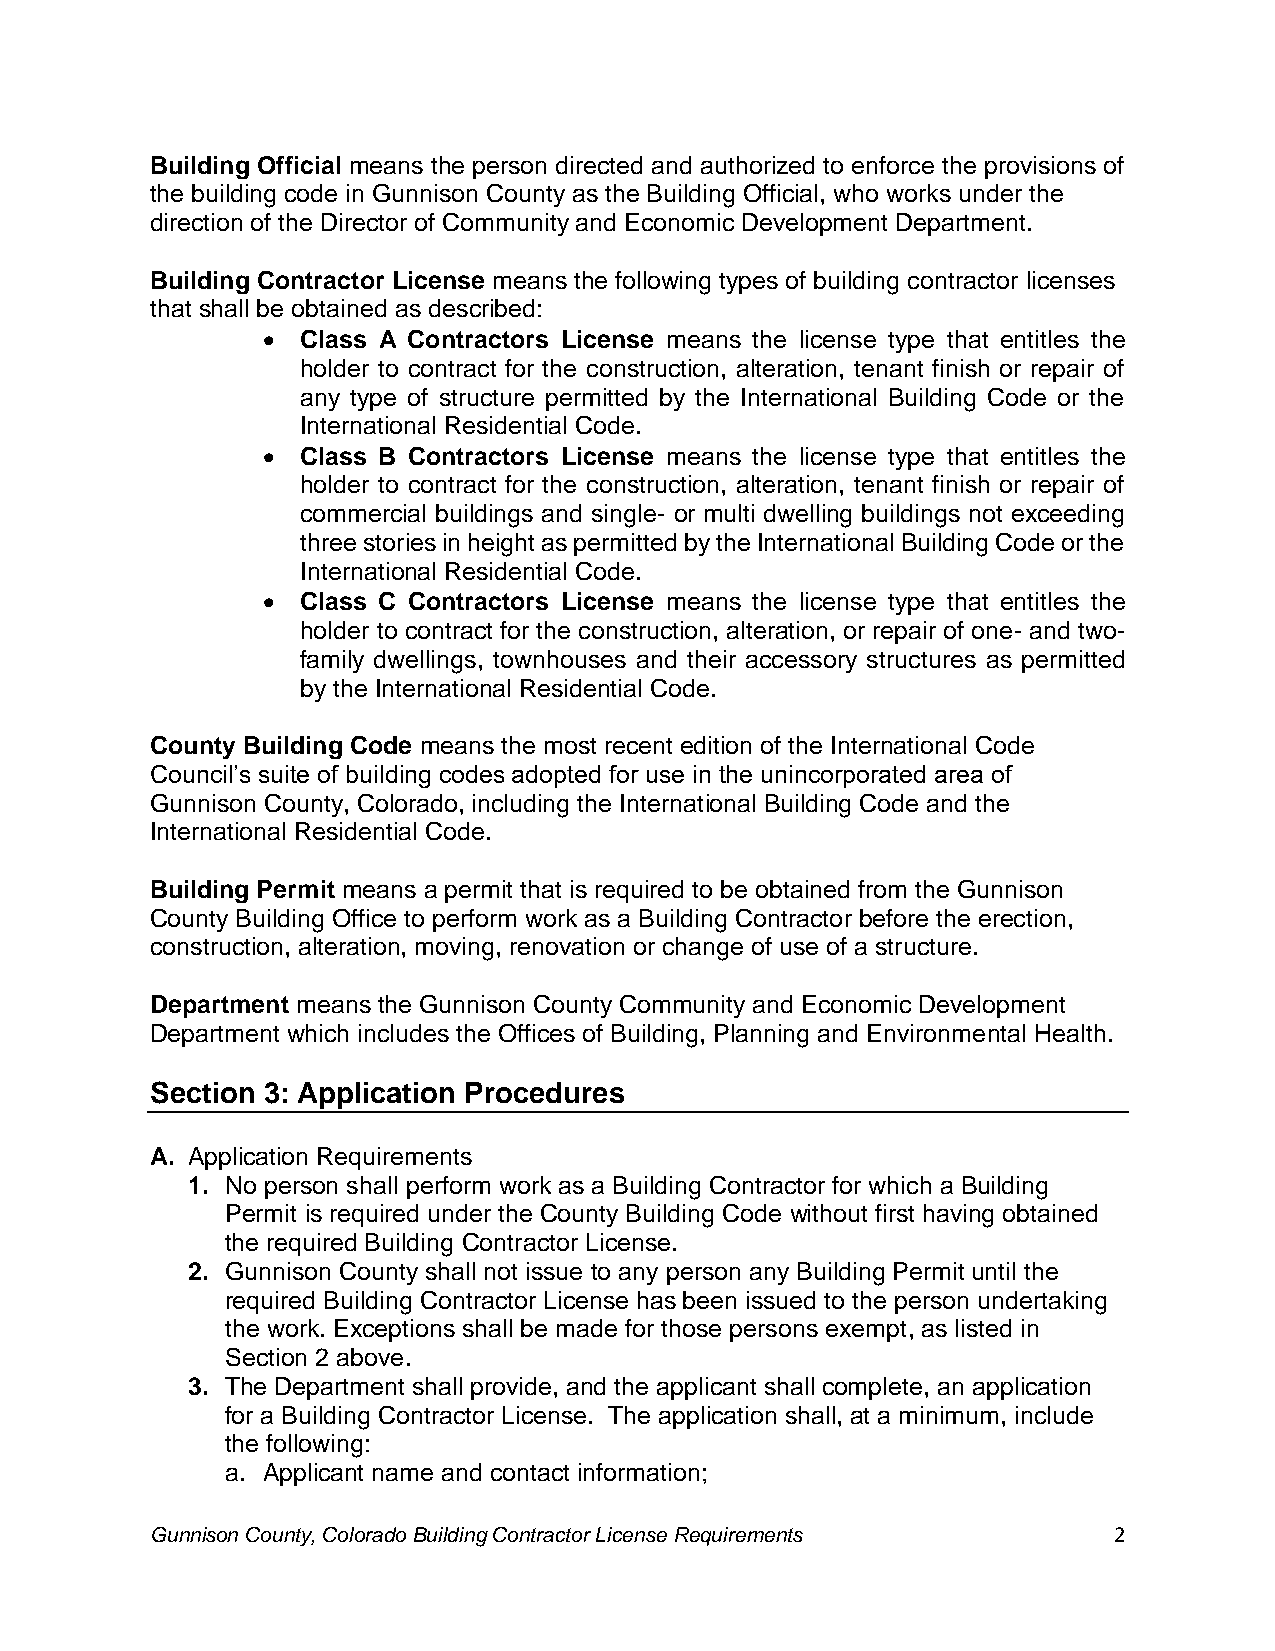
Building Official means the person directed and authorized to enforce the provisions of
 the building code in Gunnison County as the Building Official, who works under the
 direction of the Director of Community and Economic Development Department.
 Building Contractor License means the following types of building contractor licenses
 that shall be obtained as described:
 •  Class A Contractors License means the license type that entitles the
 holder to contract for the construction, alteration, tenant finish or repair of
 any type of structure permitted by the International Building Code or the
 International Residential Code.
 •  Class B Contractors License means the license type that entitles the
 holder to contract for the construction, alteration, tenant finish or repair of
 commercial buildings and single- or multi dwelling buildings not exceeding
 three stories in height as permitted by the International Building Code or the
 International Residential Code.
 •  Class C Contractors License means the license type that entitles the
 holder to contract for the construction, alteration, or repair of one- and two-
 family dwellings, townhouses and their accessory structures as permitted
 by the International Residential Code.
 County Building Code means the most recent edition of the International Code
 Council’s suite of building codes adopted for use in the unincorporated area of
 Gunnison County, Colorado, including the International Building Code and the
 International Residential Code.
 Building Permit means a permit that is required to be obtained from the Gunnison
 County Building Office to perform work as a Building Contractor before the erection,
 construction, alteration, moving, renovation or change of use of a structure.
 Department means the Gunnison County Community and Economic Development
 Department which includes the Offices of Building, Planning and Environmental Health.
 Section 3: Application Procedures
 A. Application Requirements
 1. No person shall perform work as a Building Contractor for which a Building
 Permit is required under the County Building Code without first having obtained
 the required Building Contractor License.
 2. Gunnison County shall not issue to any person any Building Permit until the
 required Building Contractor License has been issued to the person undertaking
 the work. Exceptions shall be made for those persons exempt, as listed in
 Section 2 above.
 3. The Department shall provide, and the applicant shall complete, an application
 for a Building Contractor License. The application shall, at a minimum, include
 the following:
 a. Applicant name and contact information;
 Gunnison County, Colorado Building Contractor License Requirements 2